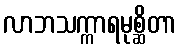
လာဘသက္ကာရမုစ္ဆိတာ